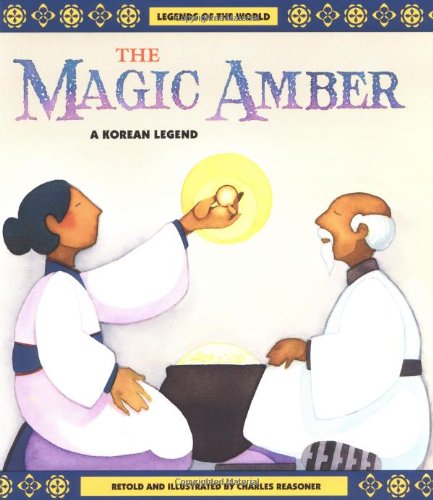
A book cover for Magic Amber (Legends of the World); James M. Reasoner; Children's Books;